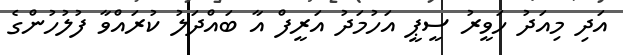
އަދި މިއަދު ހަވީރު ސީޕީ އަހުމަދު އަރީފް އާ ބައްދަލު ކުރައްވާ ފުލުހުންގެ